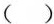
( )